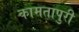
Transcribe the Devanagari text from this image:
कामतापुरी